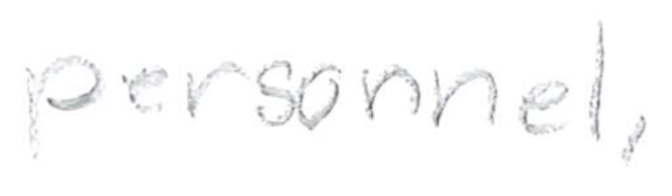
Text: personnel,
Cross-out: clean
Writing tool: pencil